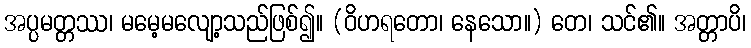
အပ္ပမတ္တဿ၊ မမေ့မလျော့သည်ဖြစ်၍။ (ဝိဟရတော၊ နေသော။) တေ၊ သင်၏။ အတ္တာပိ၊